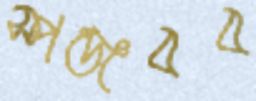
স্পঞ্জবব